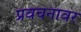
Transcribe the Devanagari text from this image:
प्रवचनावर